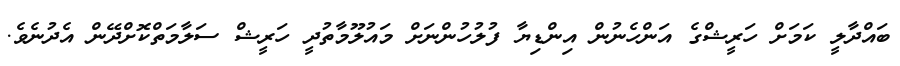
ބައްދާލީ ކަމަށް ހަރީޝްގެ އަންހެނުން އިންޑިޔާ ފުލުހުންނަށް މައުލޫމާތުދީ ހަރީޝް ސަލާމަތްކޮށްދޭން އެދުނެވެ.